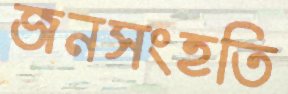
জনসংহতি